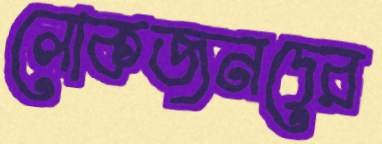
লোকজনদের